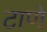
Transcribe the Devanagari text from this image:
टाणे